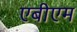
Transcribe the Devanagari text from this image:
एबीएम